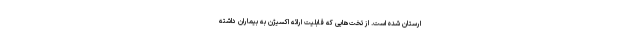
ارستان شده است. از تخت‌هایی که قابلیت ارائه اکسیژن به بیماران داشته